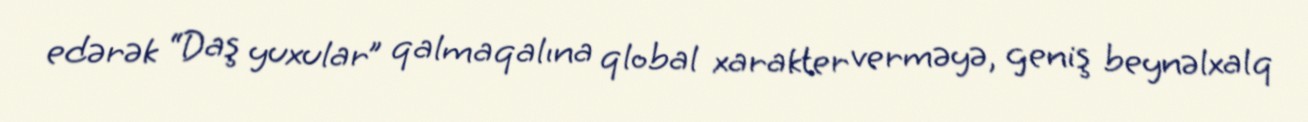
edərək “Daş yuxular” qalmaqalına qlobal xarakter verməyə, geniş beynəlxalq